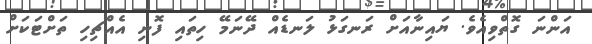
އަންނަ ގޮތްވިއެވެ. ޔައިނާއަށް ރަނގަޅު ލަނޑެއް ދޭނަމޭ ހިތައި ފޮނި އެއްޗިހި ތަށްޓަކަށް